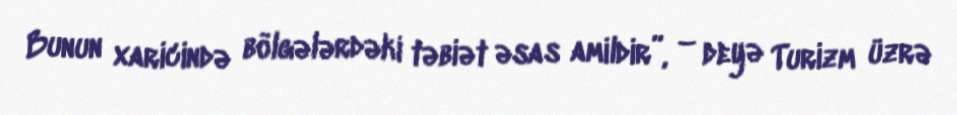
Bunun xaricində bölgələrdəki təbiət əsas amildir”, – deyə Turizm üzrə